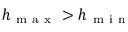
h _ { \mathrm { ~ m ~ a ~ x ~ } } > h _ { \mathrm { ~ m ~ i ~ n ~ } }